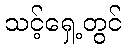
သင့်ရှေ့တွင်